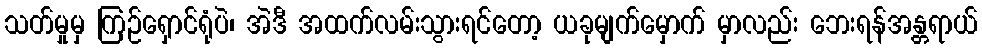
သတ်မှုမှ ကြဉ်ရှောင်ရုံပဲ၊ အဲဒီ အထက်လမ်းသွားရင်တော့ ယခုမျက်မှောက် မှာလည်း ဘေးရန်အန္တရာယ်